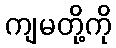
ကျမတို့ကို